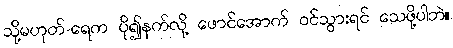
သို့မဟုတ်-ရေက ပို၍နက်လို့ ဖောင်အောက် ဝင်သွားရင် သေဖို့ပါဘဲ။